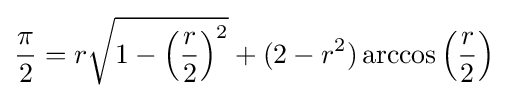
{\frac {\pi }{2}}=r{\sqrt {1-\left({\frac {r}{2}}\right)^{2}}}+(2-r^{2})\arccos \left({\frac {r}{2}}\right)